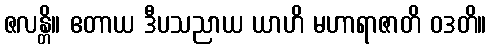
ဇလန္တိ။ ဧတာယ ဒီပသညာယ ယာဟိ မဟာရာဇာတိ ဝဒတိ။